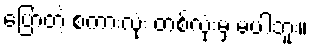
ပြောတဲ့ စကားလုံး တစ်လုံးမှ မပါဘူး။